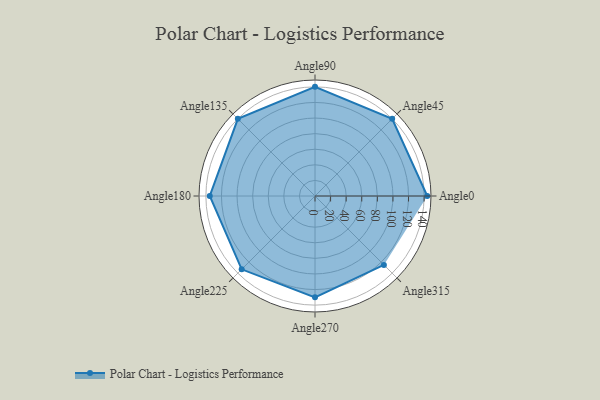
{"axis": {"x": "Angle", "y": "Radius"}, "legend": [""], "data": [{"x": "Angle0", "y": 144.0, "type": ""}, {"x": "Angle45", "y": 140.0, "type": ""}, {"x": "Angle90", "y": 140.0, "type": ""}, {"x": "Angle135", "y": 140.0, "type": ""}, {"x": "Angle180", "y": 135.0, "type": ""}, {"x": "Angle225", "y": 133.0, "type": ""}, {"x": "Angle270", "y": 130.0, "type": ""}, {"x": "Angle315", "y": 125.0, "type": ""}]}